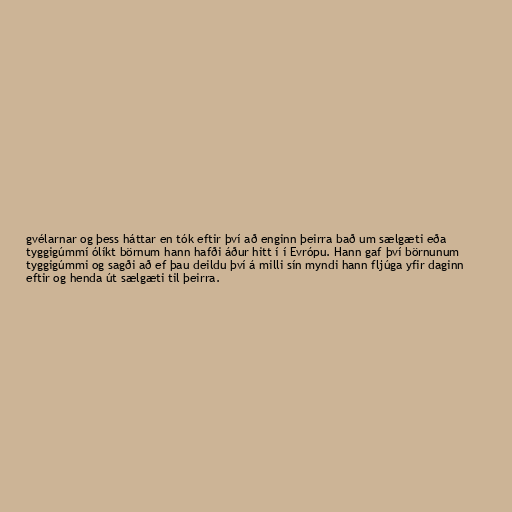
gvélarnar og þess háttar en tók eftir því að enginn þeirra bað um sælgæti eða
tyggigúmmí ólíkt börnum hann hafði áður hitt í í Evrópu. Hann gaf því börnunum
tyggigúmmi og sagði að ef þau deildu því á milli sín myndi hann fljúga yfir daginn
eftir og henda út sælgæti til þeirra.